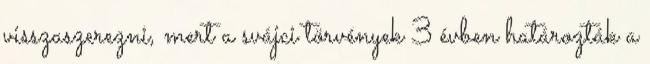
visszaszerezni, mert a svájci törvények 3 évben határozták a